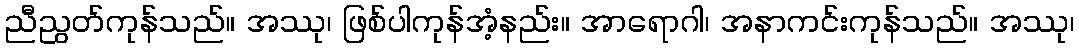
ညီညွတ်ကုန်သည်။ အဿု၊ ဖြစ်ပါကုန်အံ့နည်း။ အာရောဂါ၊ အနာကင်းကုန်သည်။ အဿု၊